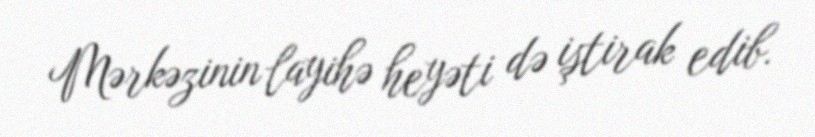
Mərkəzinin layihə heyəti də iştirak edib.